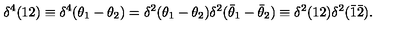
\delta ^ { 4 } ( 1 2 ) \equiv \delta ^ { 4 } ( \theta _ { 1 } - \theta _ { 2 } ) = \delta ^ { 2 } ( \theta _ { 1 } - \theta _ { 2 } ) \delta ^ { 2 } ( \bar { \theta } _ { 1 } - \bar { \theta } _ { 2 } ) \equiv \delta ^ { 2 } ( 1 2 ) \delta ^ { 2 } ( \bar { 1 } \bar { 2 } ) .